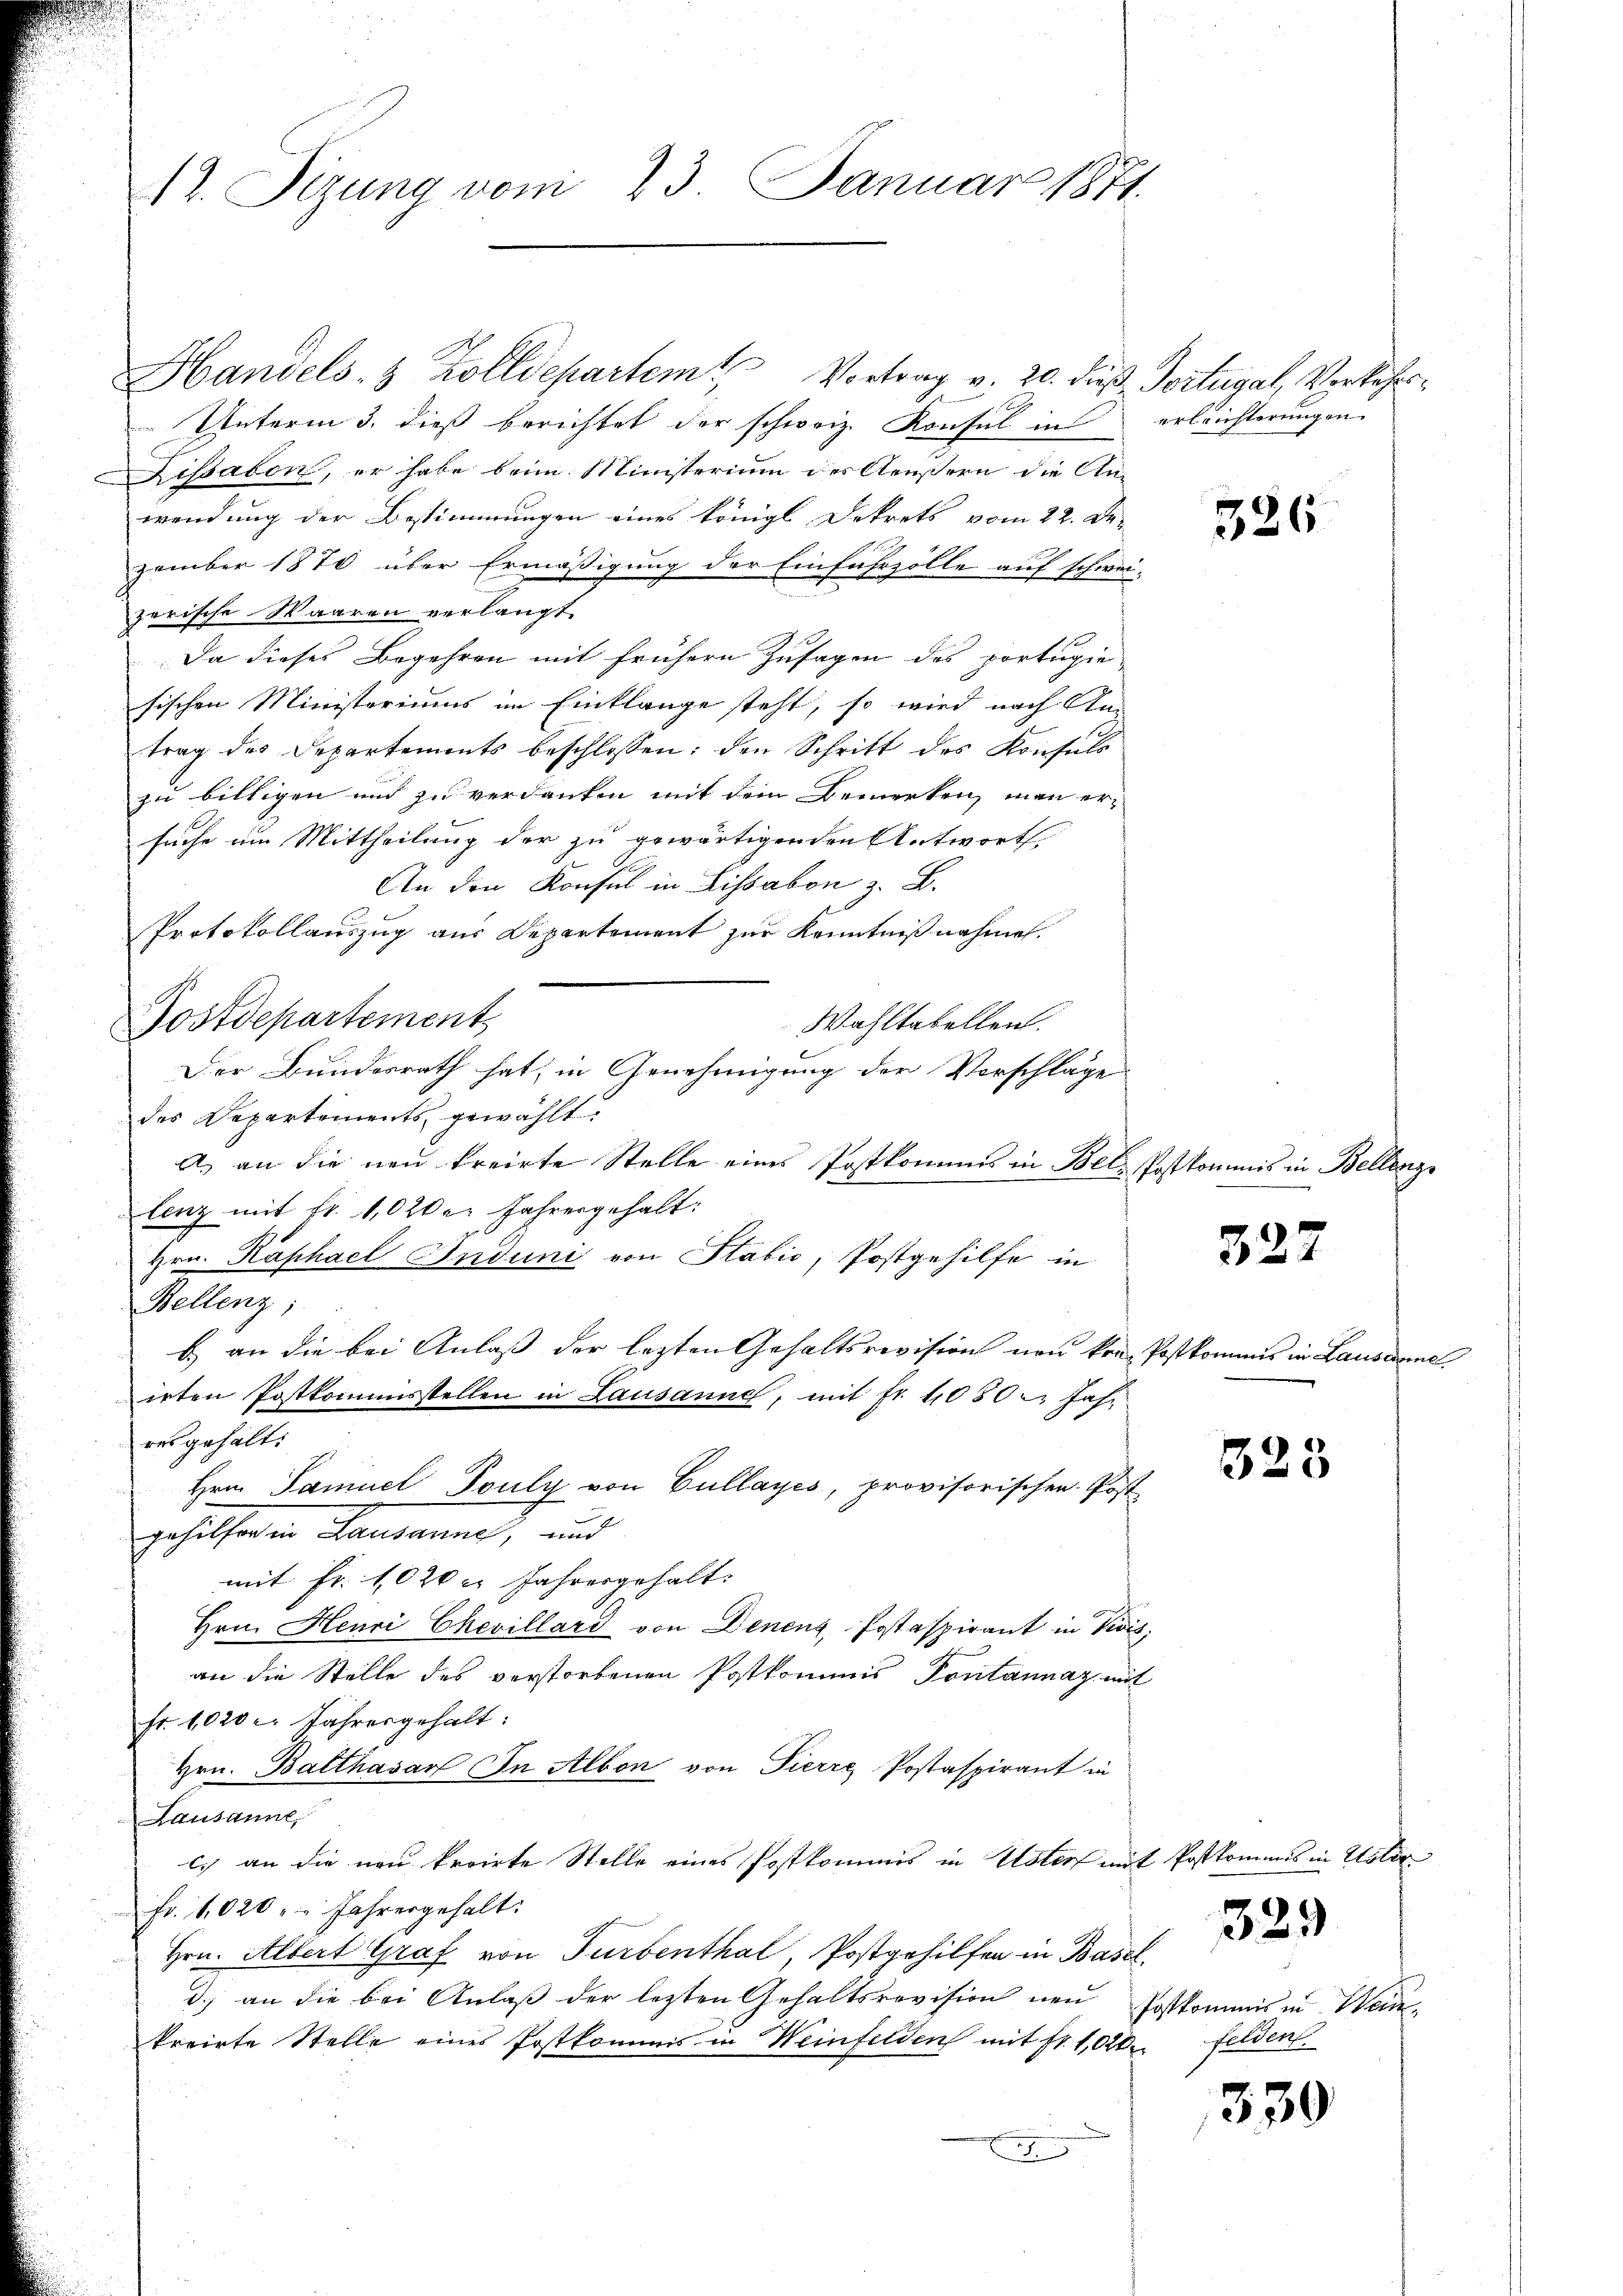
12. Sitzung vom 23. Januar 1871.

Handels- & Zolldepartem Vortrag v. 20. dieß, Portugal, Vorkehrs¬
Unterm 3. dieß berichtet der schweiz. Konsul in erleichterungen
Dissabon, er habe beim Ministerium des Aeußern die An-
wendung der Bestimmungen eines königl. Dekrets vom 22. De-
zember 1870 über Ermäßigung der Einfuhrzolle auf schwei-
zerische Waaren verlangt.
Da dieses Begehren mit frühern Zusagen des portugie
sischen Ministeriums im Einklange steht, so wird nach An-
trag des Departements beschlossen: den Schritt des Konsuls
zu billigen und zu verdanken mit dem Bemerken, man er-
suche um Mittheilung der zu gewärtigenden Antwort.
An den Konsul in Lissabon z. B.
Protokollauszug aus Departement zur Kenntnißnahmen.
Postdepartement,
Wahltabellen.
Der Bundesrath hat, in Genehmigung der Vorschläge
des Departements gewählt:
A. an die neu kreirte Stelle eines Postkommnis in Bel-Postkommis in Bellenz
lenz mit fr. 1,020er Jahresgehalt:
Hrn. Kaphael Induni von Stabić, Postgehilfe in
Bellenz,
b.) an die bei Anlaß der lezten Gehaltsrevision von ken Postkommis in Lausanne
irten Postkommisstellen in Lausanne, mit Fr. 1080. Jahr
res gehalt:
Hrn. Samuel Touly von Gullayes, provisorischen Post-
gehilfer in Lausanne, und
mit Fr. 1020 c. Jahresgehalt.
Hrn. Heuri Chevillard von Denenz, Postaspirant in Divis
an die Stelle des verstorbenen Postkommis Pontannaz mit
Fr. 1020 c. Jahresgehalt:
Hrn. Balthasar In Albon von Pierre Postaspirant in
Lausanne,
c.) an die neu kroirte Stelle eines Postkommis in Uster mit Postkommis in Uster
Fr. 1020 " " Jahrergehalt:
Hrn. Albert Graf von Turbenthal, Postgehilfen in Basel
d.) an die bei Anlaß der lezten Gehaltsrevision neu Postkommis in Weinkreirte Stelle eines Postkommis in Weinfelden mit fr. 1020 Felden
u

326

327

323

329

339